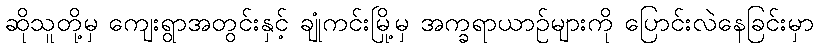
ဆိုသူတို့မှ ကျေးရွာအတွင်းနှင့် ချုံကင်းမြို့မှ အက္ခရာယာဉ်များကို ပြောင်းလဲနေခြင်းမှာ